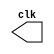

module clock ( clk );
 output clk;
 reg    clk;

 initial
  begin
   clk = 1'b0;
  end

 always
  begin
   #6 clk = ~clk;
  end
endmodule

module pulse ( signal, clock );
 input  clock;
 output signal;
 reg    signal;

 always @ ( clock )
  begin
        signal = 1'b0;
  #18   signal = 1'b1;
  #18   signal = 1'b0;
     
  
  end
endmodule

module testpulse;

 wire  clock;
 clock clk ( clock );
 wire  p1;

 pulse   pulse1   ( p1, clock );

 initial begin
  $dumpfile ( "exercicio02.vcd" );
  $dumpvars (1, clock, p1);
   #480 $finish;

 end

endmodule